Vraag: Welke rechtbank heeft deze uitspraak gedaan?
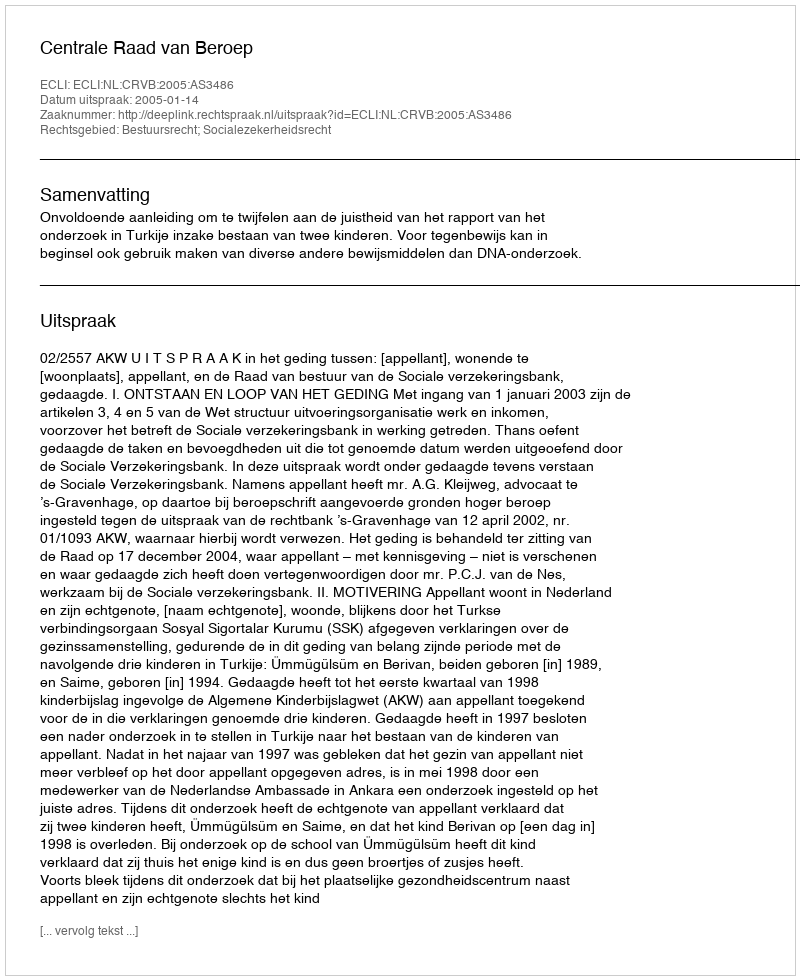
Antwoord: Centrale Raad van Beroep